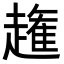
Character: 𧽳